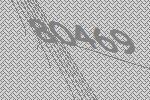
80469